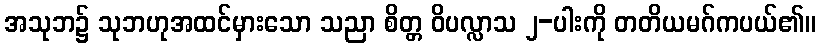
အသုဘ၌ သုဘဟုအထင်မှားသော သညာ စိတ္တ ဝိပလ္လာသ ၂-ပါးကို တတိယမဂ်ကပယ်၏။